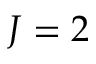
J = 2